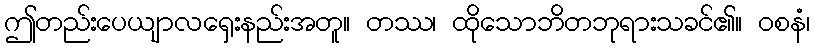
ဤတည်းပေယျာလရှေးနည်းအတူ။ တဿ၊ ထိုသောဘိတဘုရားသခင်၏။ ဝစနံ၊